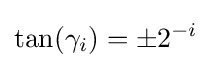
\tan(\gamma _{i})=\pm 2^{-i}